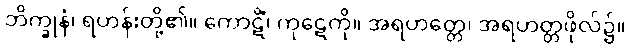
ဘိက္ခုနံ၊ ရဟန်းတို့၏။ ကောဋိံ၊ ကုဋေကို။ အရဟတ္တေ၊ အရဟတ္တဖိုလ်၌။